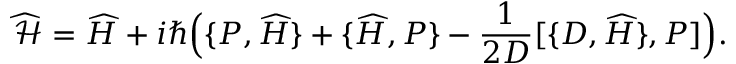
\widehat { \mathcal { H } } = \widehat { H } + i \hbar \Big ( \{ P , { \widehat { H } } \} + \{ \widehat { H } , P \} - \frac { 1 } { 2 D } [ \{ D , \widehat { H } \} , P ] \Big ) .